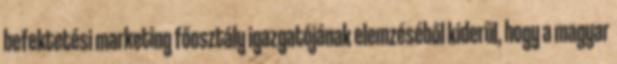
befektetési marketing főosztály igazgatójának elemzéséből kiderül, hogy a magyar